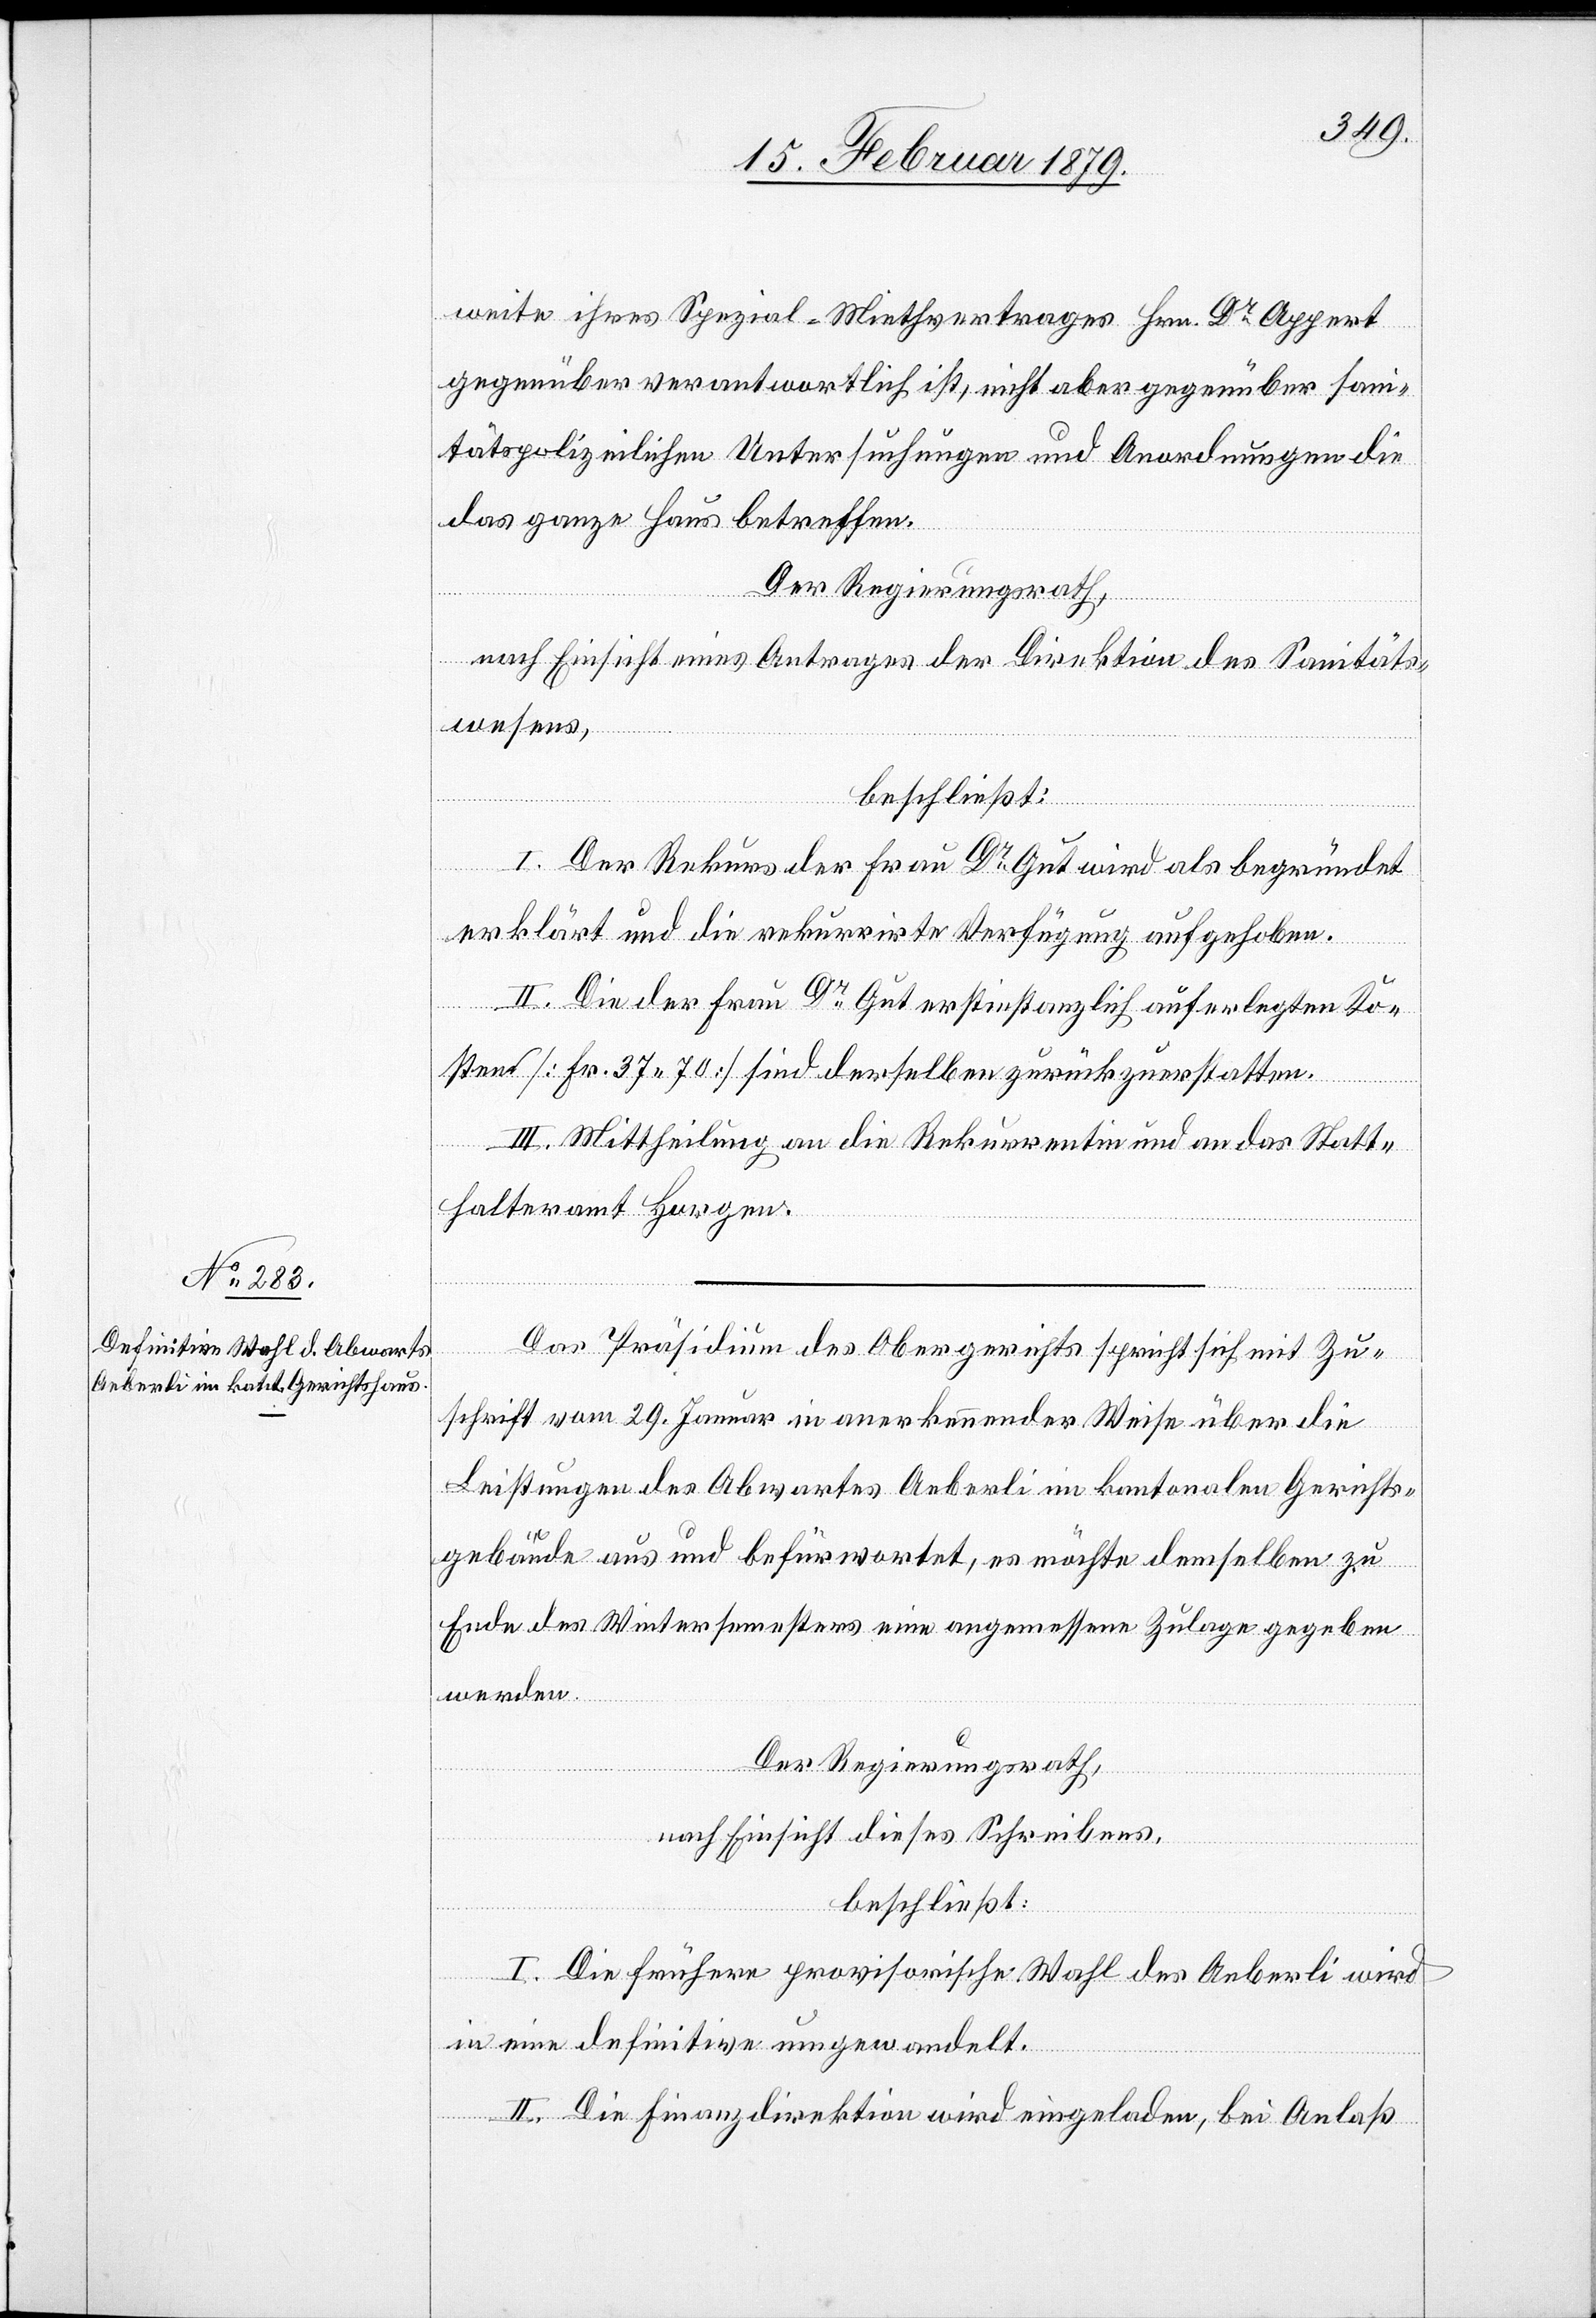
weite ihres Spezial-Miethvertrages Hrn. Dr Appert
gegenüber verantwortlich ist, nicht aber gegenüber san¬
itätspolizeilichen Untersuchungen und Anordnungen die
das ganze Haus betreffen.
Der Regierungsrath,
nach Einsicht eines Antrages der Direktion des Sanitäts¬
wesens,
beschließt:
I. Der Rekurs der Frau Dr Gut wird als begründet
erklärt und die rekurrirte Verfügung aufgehoben.
II. Die der Frau Dr Gut erstinstanzlich auferlegten Ko¬
sten [Fr. 37.70] sind derselben zurückzuerstatten.
III. Mittheilung an die Rekurrentin und an das Statt¬
halteramt Horgen.
Das Präsidium des Obergerichts spricht sich mit Zu¬
schrift vom 29. Januar in anerkennender Weise über die
Leistungen des Abwartes Aeberli im kantonalen Gerichts¬
gebäude aus und befürwortet, es möchte demselben zu
Ende des Wintersemesters eine angemessene Zulage gegeben
werden.
Der Regierungsrath,
nach Einsicht dieses Schreibens,
beschließt:
I. Die frühere provisorische Wahl des Aeberli wird
in eine definitive umgewandelt.
II. Die Finanzdirektion wird eingeladen, bei Anlaß